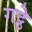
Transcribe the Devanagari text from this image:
गट्ठे